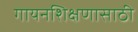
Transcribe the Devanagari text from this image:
गायनशिक्षणासाठी